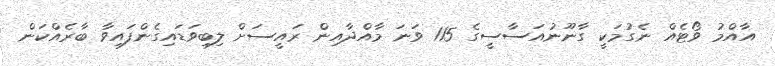
އާއްމު ވޯޓެއް ނެގުމަކީ ގާނޫނުއަސާސީގެ 115 ވަނަ މާއްދާއިން ރައީސަށް ލިބިވަޑައިގެންފައިވާ ބާރެއްކަން